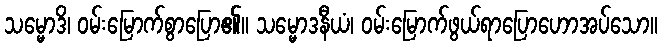
သမ္မောဒိ၊ ဝမ်းမြောက်စွာပြော၏။ သမ္မောဒနီယံ၊ ဝမ်းမြောက်ဖွယ်ရာပြောဟောအပ်သော။